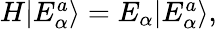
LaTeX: \begin{array}{r}{H|E_{\alpha}^{a}\rangle=E_{\alpha}|E_{\alpha}^{a}\rangle,}\end{array}